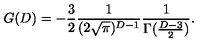
G ( D ) = - \frac { 3 } { 2 } \frac { 1 } { ( 2 \sqrt { \pi } ) ^ { D - 1 } } \frac { 1 } { \Gamma ( \frac { D - 3 } { 2 } ) } .